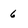
Character: 6